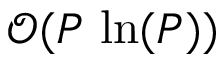
\mathcal { O } ( P \, \ln ( P ) )